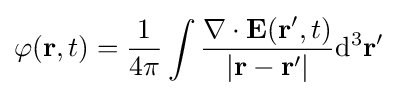
\varphi (\mathbf {r} ,t)={\dfrac {1}{4\pi }}\int {\dfrac {\nabla \cdot \mathbf {E} (\mathbf {r} ',t)}{|\mathbf {r} -\mathbf {r} '|}}\mathrm {d} ^{3}\mathbf {r} '